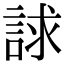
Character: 𧧷